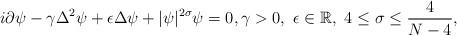
LaTeX: \begin{align*}i\partial\psi-\gamma\Delta^2\psi+\epsilon\Delta\psi+|\psi|^{2\sigma}\psi=0,\gamma>0,\ \epsilon\in\mathbb{R},\ 4\leq\sigma\leq\frac{4}{N-4},\end{align*}